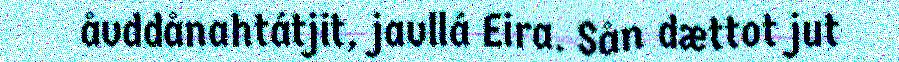
åvddånahtátjit, javllá Eira. Sån dættot jut